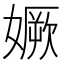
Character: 㜧